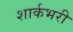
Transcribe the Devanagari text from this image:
शार्कभरी